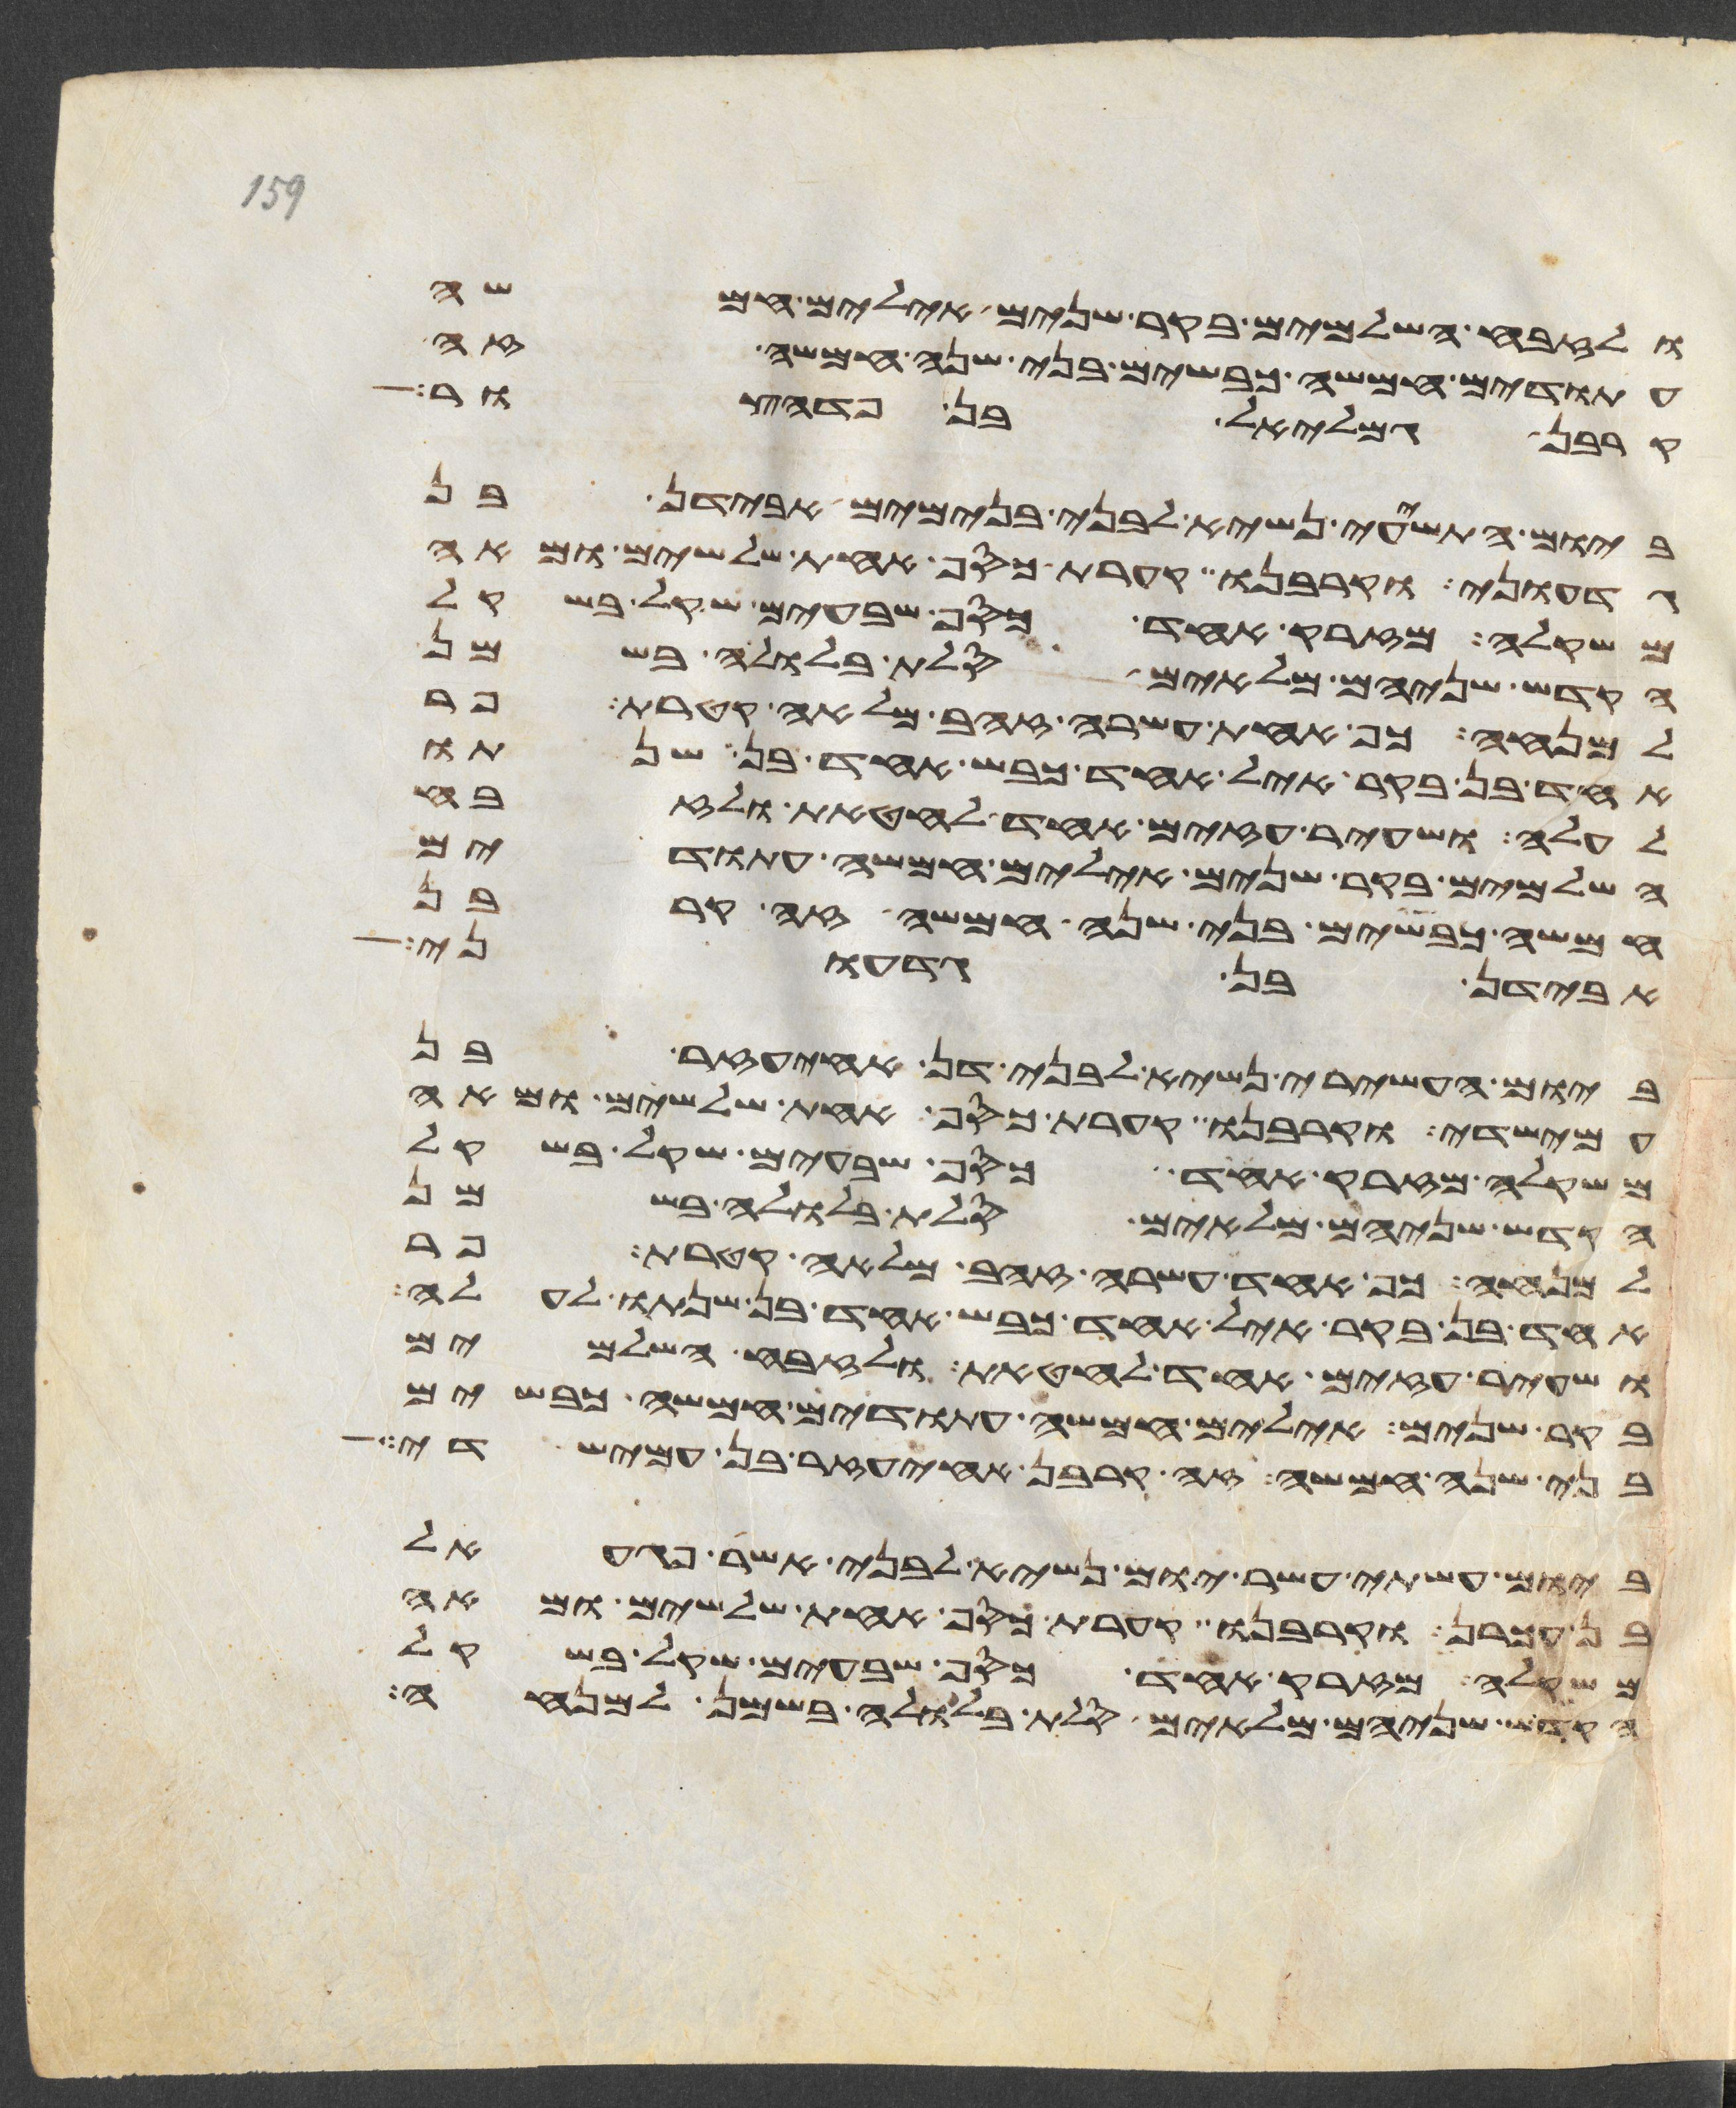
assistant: ולזבח השלמים בקר שנים אילים חמשה
עתודים חמשה כבשים בני שנה חמשה זה
קרבן גמלאל בן פדהצור
ביום התשעי נשיא לבני בנימים אבידן בן
גדעוני וקרבנו קערת כסף אחת שלשים ומאה
משקלה מזרק אחד כסף שבעים שקל בשקל
הקדש שניהם מלאים סלת בלולה בשמן
למנחה כף אחת עשרה זהב מלאה קטרת פר
אחד בן בקר איל אחד כבש אחד בן שנתו
לעלה ושעיר עזים אחד לחטאת ולזבח
השלמים בקר שנים אילים חמשה עתודים
חמשה כבשים בני שנה חמשה זה קרבן
אבידן בן גדעוני
ביום העשירי נשיא לבני דן אחיעזר בן
עמישדי וקרבנו קערת כסף אחת שלשים ומאה
משקלה מזרק אחד כסף שבעים שקל בשקל
הקדש שניהם מלאים סלת בלולה בשמן
למנחה כף אחת עשרה זהב מלאה קטרת פר
אחד בן בקר איל אחד כבש אחד בן שנתו לעלה
ושעיר עזים אחד לחטאת ולזבח השלמים
בקר שנים אילים חמשה עתודים חמשה כבשים
בני שנה חמשה זה קרבן אחיעזר בן עמישדי
ביום עשתי עשר יום נשיא לבני אשר פגעאל
בן עכרן וקרבנו קערת כסף אחת שלשים ומאה
משקלה מזרק אחד כסף שבעים שקל בשקל
הקדש שניהם מלאים סלת בלולה בשמן למנחה